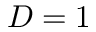
D = 1